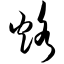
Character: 烙